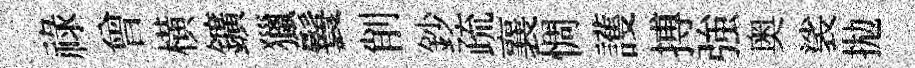
祿曾横鑛獵鬟削鈔疏襄惆護搏強奥裟拋